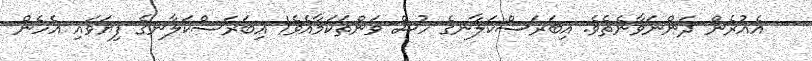
އެއުރެން ދަންނަވާނެތެވެ. އިބަރަސްކަލާނގެ ހުސް ވަންތަކަމާއެވެ! އިބަރަސްކަލާނގެ ފިޔަވައި އެހެން